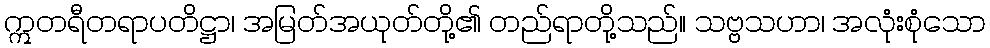
ဣတရီတရာပတိဋ္ဌာ၊ အမြတ်အယုတ်တို့၏ တည်ရာတို့သည်။ သဗ္ဗသဟာ၊ အလုံးစုံသော